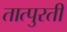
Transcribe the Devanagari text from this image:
तात्पुरतीं